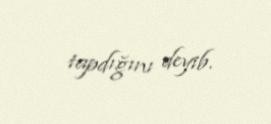
tapdığını deyib.